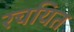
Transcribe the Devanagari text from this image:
रचयित